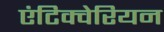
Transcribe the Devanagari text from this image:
एंटिक्वेरियन